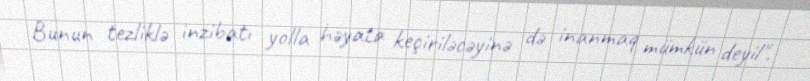
Bunun tezliklə inzibatı yolla həyata keçiriləcəyinə də inanmaq mümkün deyil".